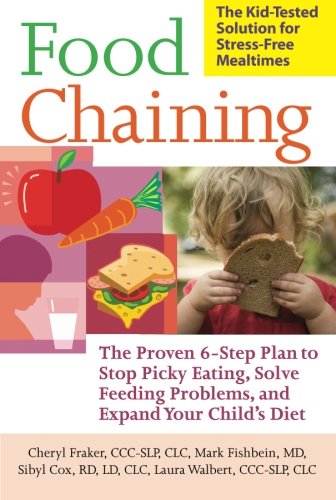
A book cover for Food Chaining: The Proven 6-Step Plan to Stop Picky Eating, Solve Feeding Problems, and Expand Your ChildEEs Diet; Cheri Fraker; Health, Fitness & Dieting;